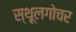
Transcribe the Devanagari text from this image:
स्थूलगोचर